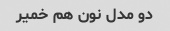
دو مدل نون هم خمیر